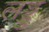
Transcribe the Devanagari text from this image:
लड्डु